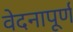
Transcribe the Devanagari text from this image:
वेदनापूर्ण